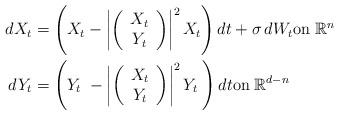
LaTeX: \begin{align*} dX_t &= \left( X_t - \left| \left( \begin{array}{c} X_t \\ Y_t \end{array} \right) \right| ^{2}X_t \right) dt + \sigma \, dW_t \textrm{on} \; \mathbb{R}^n \\dY_t &= \left( Y_t \; - \left| \left( \begin{array}{c} X_t \\ Y_t \end{array} \right) \right| ^{2} Y_t \; \right) dt \textrm{on} \; \mathbb{R}^{d-n}\end{align*}